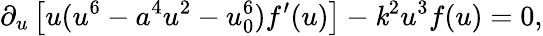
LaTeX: \partial_{u}\left[u(u^{6}-a^{4}u^{2}-u_{0}^{6})f^{\prime}(u)\right]-\mathit{k}^{2}u^{3}f(u)=0,